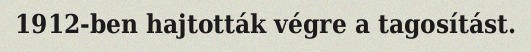
1912-ben hajtották végre a tagosítást.